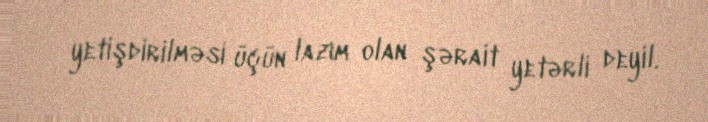
yetişdirilməsi üçün lazım olan şərait yetərli deyil.